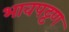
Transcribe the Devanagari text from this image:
भावपट्टण